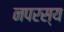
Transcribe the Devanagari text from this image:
नपरस्य